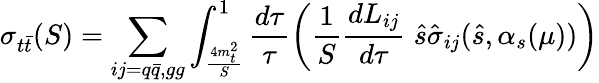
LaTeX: \sigma_{t\bar{t}}(S)=\sum_{ij=q\bar{q},gg}\int_{\frac{4m_{t}^{2}}{S}}^{1}\frac{d\tau}{\tau}\left(\frac{1}{S}\frac{dL_{ij}}{d\tau}\; \hat{s}\hat{\sigma}_{ij}(\hat{s},\alpha_{s}(\mu))\right)